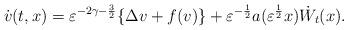
LaTeX: \begin{align*}\dot{v}(t,x) = \varepsilon ^{-2\gamma-\frac{3}{2}} \{ \Delta v + f(v) \} + \varepsilon ^{-\frac{1}{2}} a(\varepsilon ^{\frac{1}{2}} x) \dot{W} _t (x). \end{align*}